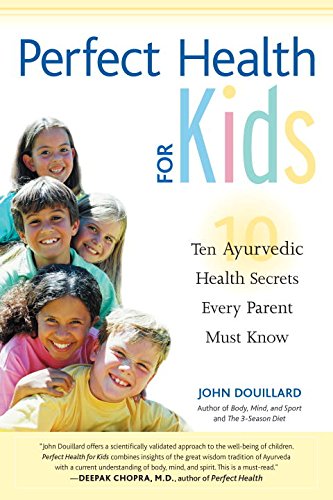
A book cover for Perfect Health for Kids: Ten Ayurvedic Health Secrets Every Parent Must Know; John Douillard; Health, Fitness & Dieting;